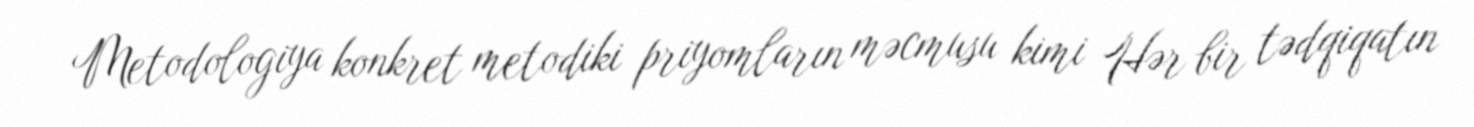
Metodologiya konkret metodiki priyomların məcmusu kimi Hər bir tədqiqatın